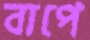
বাপে